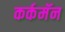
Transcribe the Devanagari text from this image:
कर्कमॅन